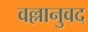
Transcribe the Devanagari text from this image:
वल्लानुवद